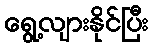
ရွေ့လျားနိုင်ပြီး